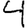
Digit: 4